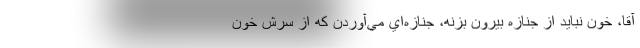
آقا، خون نبايد از جنازه بيرون بزنه، جنازه‌اي مي‌آوردن كه از سرش خون